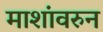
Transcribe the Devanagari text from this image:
माशांवरुन